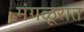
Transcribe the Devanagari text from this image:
मंगळूरात